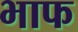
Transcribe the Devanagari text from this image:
भाफ